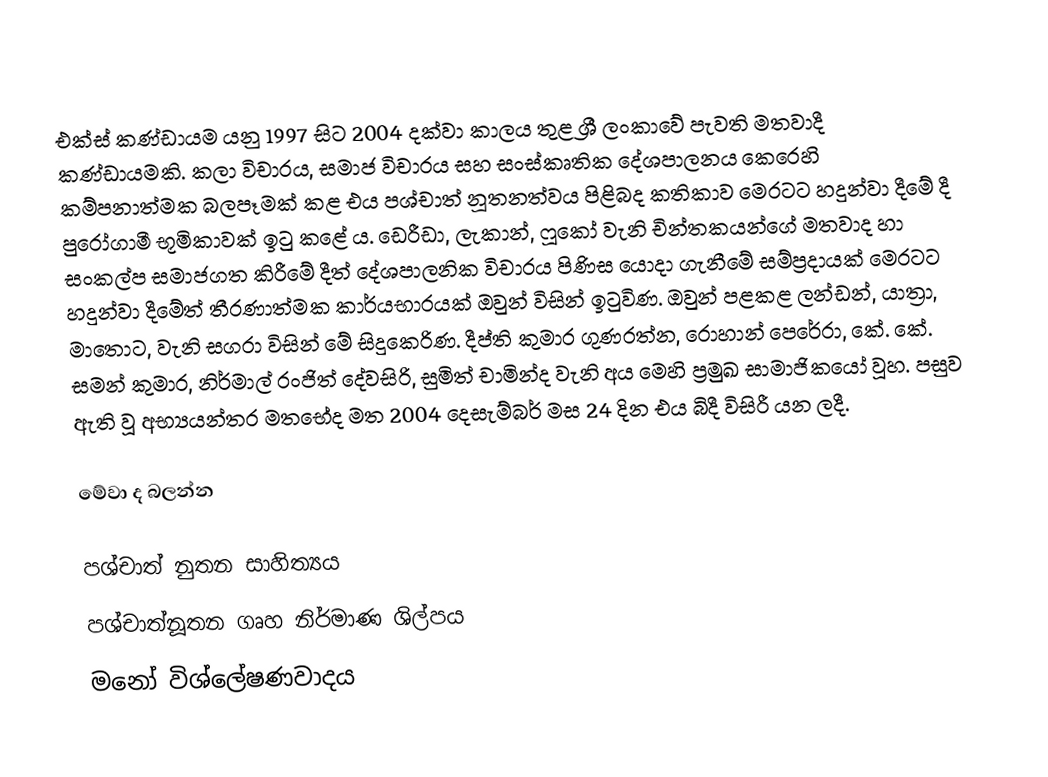
එක්ස් කණ්ඩායම යනු 1997 සිට 2004 දක්වා කාලය තුළ ශ්‍රී ලංකාවේ පැවති මතවාදී කණ්ඩායමකි. කලා විචාරය, සමාජ විචාරය සහ සංස්කෘතික දේශපාලනය කෙරෙහි කම්පනාත්මක බලපෑමක් කළ එය පශ්චාත් නූතනත්වය පිළිබද කතිකාව මෙරටට හදුන්වා දීමේ දී පුරෝගාමී භූමිකාවක් ඉටු කළේ ය. ඩෙරීඩා, ලැකාන්, ෆූකෝ වැනි චින්තකයන්ගේ මතවාද හා සංකල්ප සමාජගත කිරීමේ දීත් දේශපාලනික විචාරය පිණිස යොදා ගැනීමේ සම්ප්‍රදායක් මෙරටට හදුන්වා දීමේත් තීරණාත්මක කාර්යභාරයක් ඔවුන් විසින් ඉටුවිණ. ඔවුන් පළකළ ලන්ඩන්, යාත්‍රා, මාතොට, වැනි සගරා විසින් මේ සිදුකෙරිණ. දීප්ති කුමාර ගුණරත්න, රොහාන් පෙරේරා, කේ. කේ. සමන් කුමාර, නිර්මාල් රංජිත් දේවසිරි, සුමිත් චාමින්ද වැනි අය මෙහි ප්‍රමුඛ සාමාජිකයෝ වූහ. පසුව ඇති වූ අභ්‍යයන්තර මතභේද මත 2004 දෙසැම්බර් මස 24 දින එය බිදී විසිරී යන ලදී.

මේවා ද බලන්න

 පශ්චාත් නුතන සාහිත්‍යය
 පශ්චාත්නූතන ගෘහ නිර්මාණ ශිල්පය
 මනෝ විශ්ලේෂණවාදය